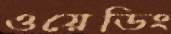
ওয়েডিং